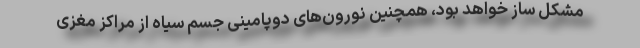
مشکل ساز خواهد بود، همچنین نورون‌های دوپامینی جسم سیاه از مراکز مغزی